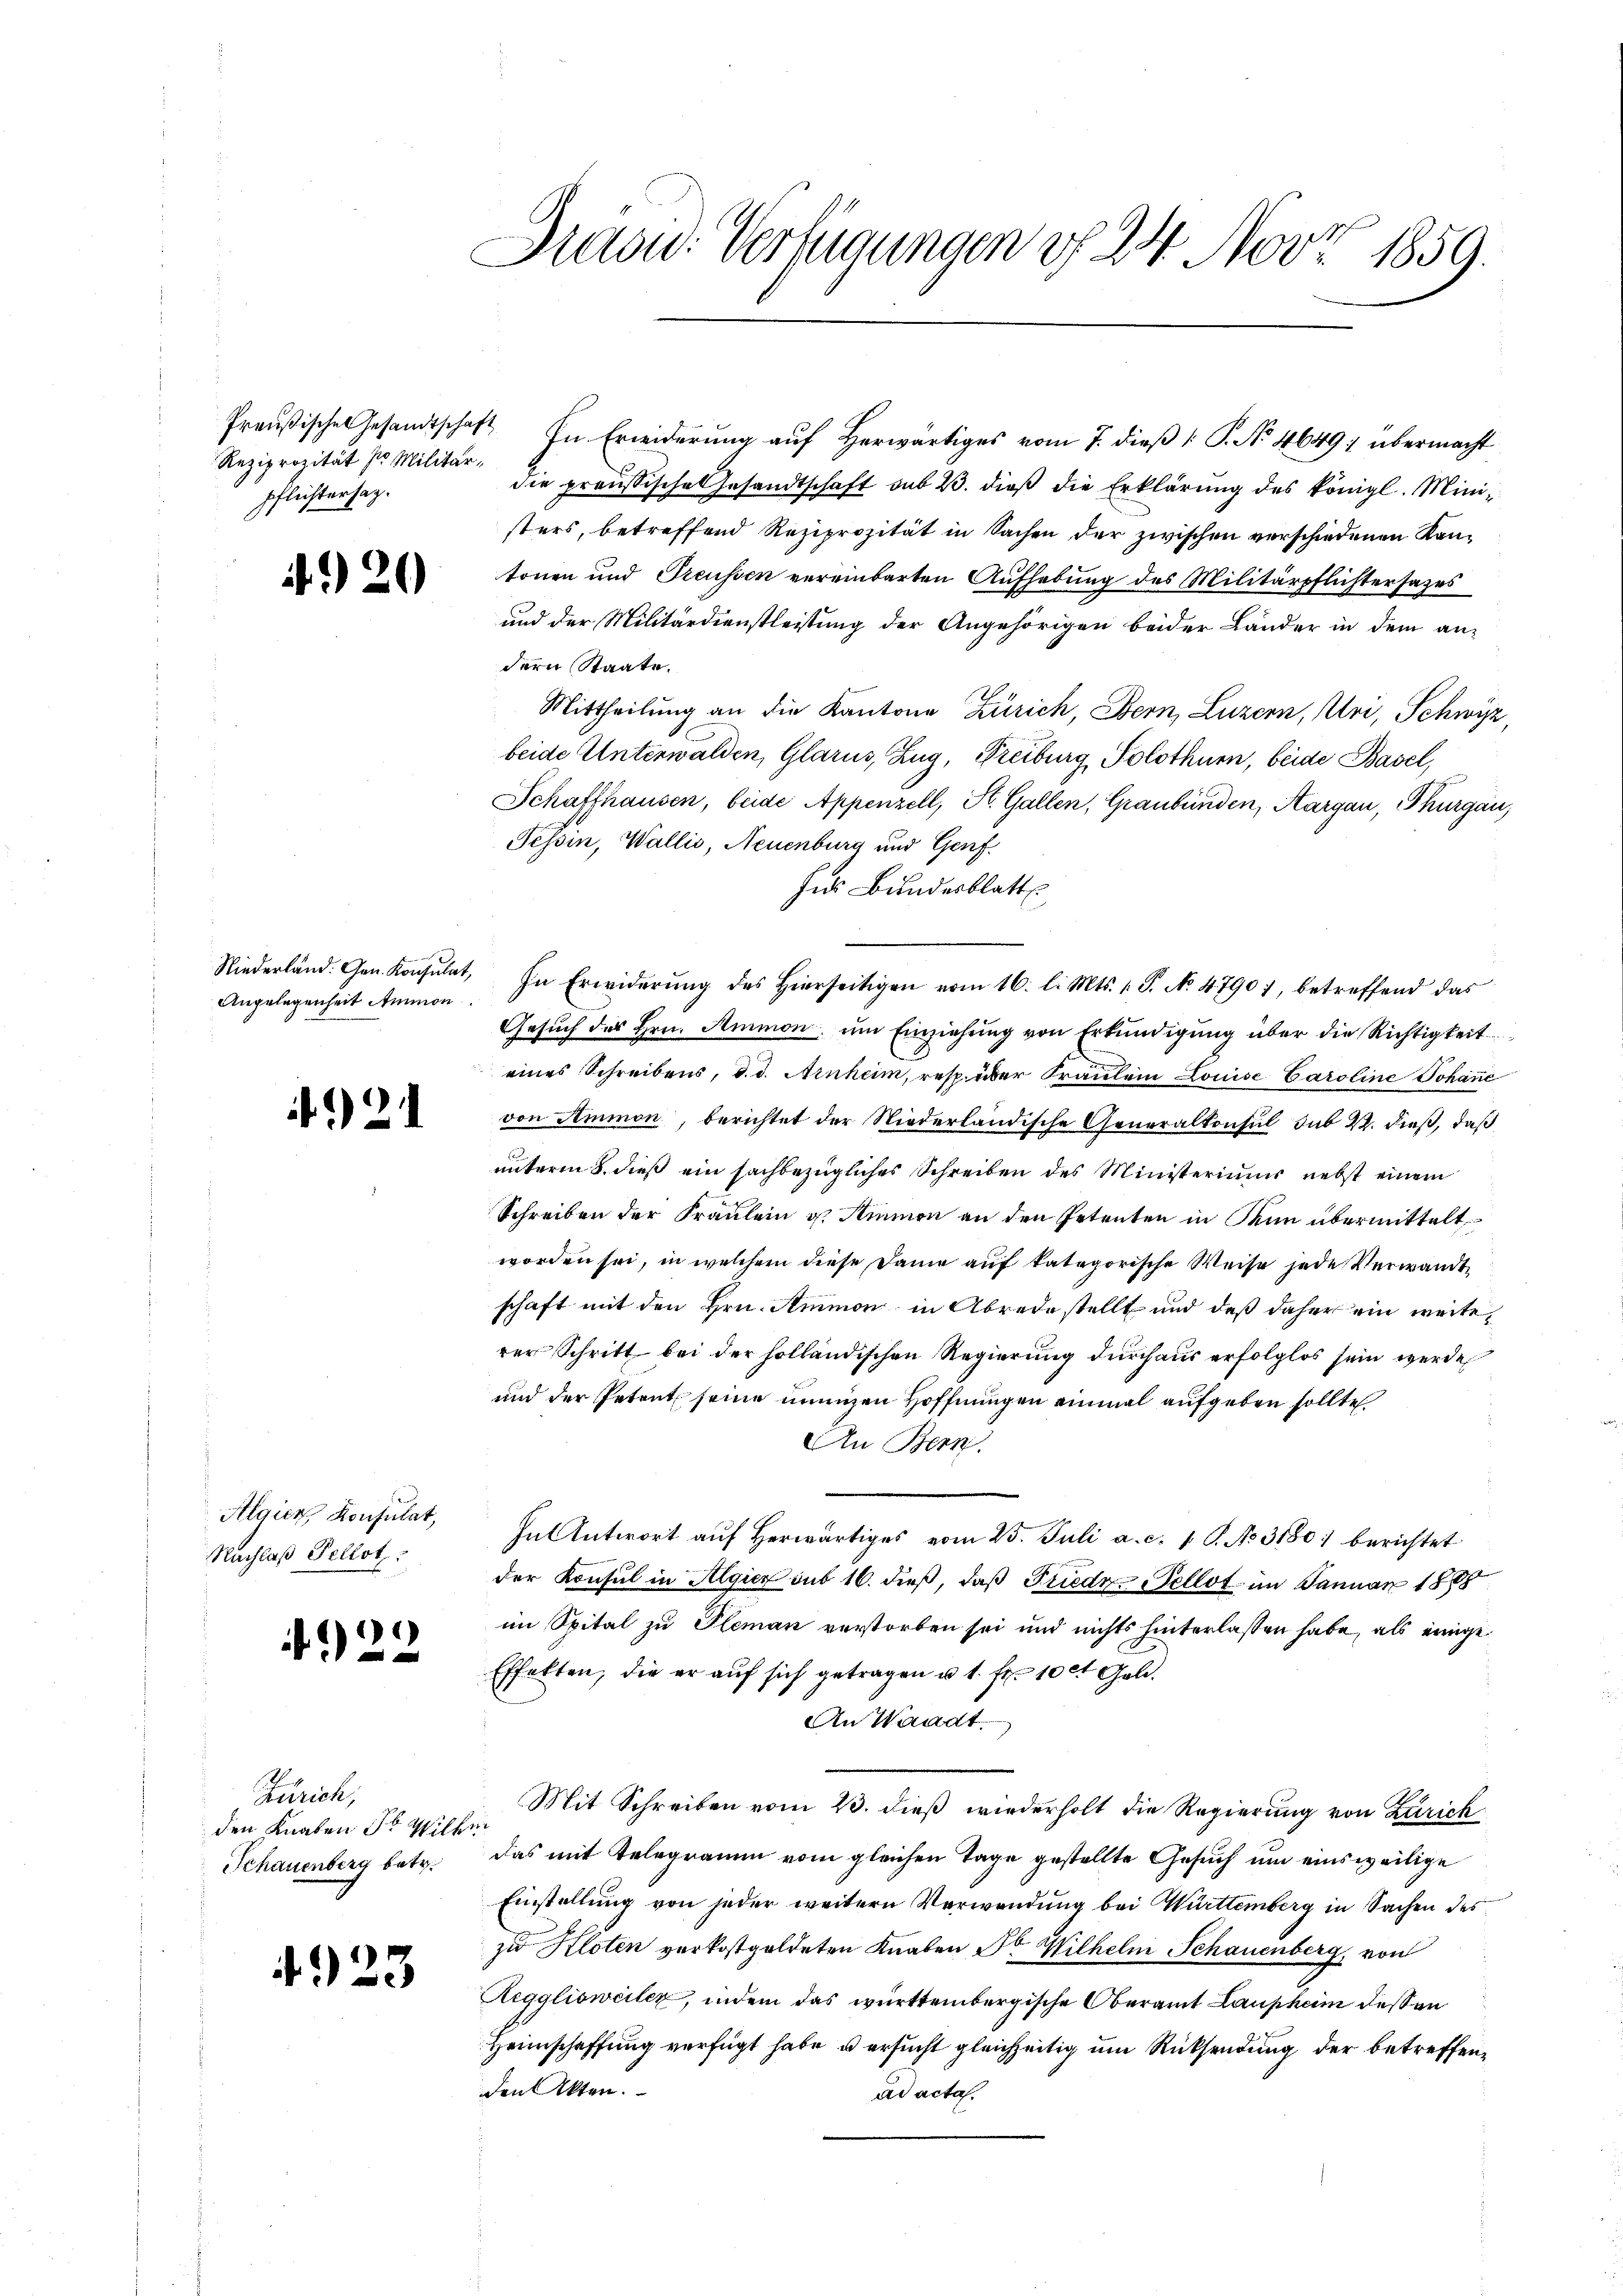
Reziprozität so Militärpflichtersatz.

4920

Angelegenheit Ammon

) 21

Algien, Konsulat,
Nachlaß Pellot

) 2

Zürich,
den Knaben Fr. Wilhe
Schauenberg betr.

4923

Draou. Verfügungen u. 24. Nov. 1859.

Preußische Gesandtschaft In Erwiderŭng aŭf herwärtiges vom 7. dieβ  P. No. 4649; übermacht
die proussische Gesandtschaft sub 23. dieβ die Erklärŭng des königl. Ministers, betreffend Reziprozität in Sachen der zwischen verschiedenen Kantonen und Treussen vereinbarten Aufhebung des Militärpflichtersazes
und der Militärdienstleistung der Angehörigen beider Länder in dem an-
dern Staate.
Mittheilung an die Kantone Zürich, Bern, Luzern, Uri, Schwyz,
beide Unterwalden, Glarus, Zug, Freiburg Solothurn, beide Basel,
Schafthausen, beide Appenzell, St. Gallen, Graubünden, Aargau, Thurgau,
Tessin, Wallis, Neuenburg und Genf
hes Bundesblatt
Gesŭch des Hrn. Ammon ŭm Einziehŭng von Erkŭndigŭng über die Richtigkeit
eines Schreibens, d. d. Anheim, resp. über Traulein Louise Caroline Johanne
von Ammon, berichtet der Niederländische Generalkonsul sub 22. dieß, daß
unterm 8. dieß ein sachbezügliches Schreiben des Ministeriums nebst einem
Schreiben der Fraulein u. Simon an den Petenten in Man übermittelt,
worden sei, in welchem diese Dame auf kategorische Weise jede Verwandte
schaft mit den Hrn. Ammon in Abrede stellt und daß daher ein weiterer Schritt bei der holländischen Regierung durchaus erfolglos sein werde
und der Petent seine innigen Hoffnungen einmal aufgeben sollte.
An Bern.
Intntwort aŭf herwärtiges vom 23. Juli a. c. 1 S. No. 3180 berichtet
der Konsul in Algier sub 16. dieß, daß Friedr. Sellot im Januar 1878
im Spital zu Pleman verstorben sei und nichts hinterlassen habe, als einige
Effekten, die er auf sich getragen u. 1. fl. 10 ct Gold.
An Waadt.
Mit Schreiben vom 23. dieß wiederholt die Regierung von Zürich
das mit Telegramm vom gleichen Tage gestellte Gesuch um einsweilige
Einstellung von jeder weitern Verwendung bei Württemberg in Sachen des
zu Kloten verkostgeldeten Knaben Dr Wilhelm Schauenberg, von
Regglisweiler, indem das württembergische Oberamt Laupheim dessen
Heimschaffung verfügt habe u ersucht gleichzeitig um Rücksendung der betreffenden Akten.
ad acta.

Niederländ. Gen. Konsulat, In Erwiderŭng des hierseitigen vom 16. l. Mts. 1. P. No 4790), betreffend das